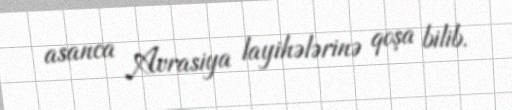
asanca Avrasiya layihələrinə qoşa bilib.